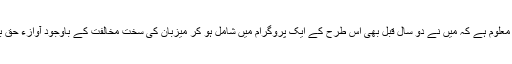
کمیونٹی کو معلوم ہے کہ میں نے دو سال قبل بھی اس طرح کے ایک پروگرام میں شامل ہو کر میزبان کی سخت مخالفت کے باوجود آوازء حق بلند کی تھی۔